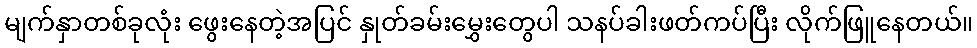
မျက်နှာတစ်ခုလုံး ဖွေးနေတဲ့အပြင် နှုတ်ခမ်းမွှေးတွေပါ သနပ်ခါးဖတ်ကပ်ပြီး လိုက်ဖြူနေတယ်။